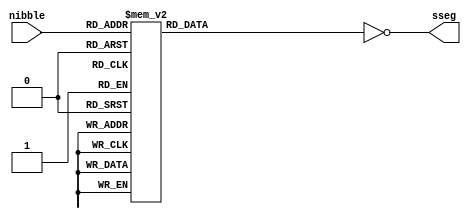
module hexdigit7seg(nibble, sseg);
   input [3:0] nibble;
   output [6:0] sseg;
   reg [6:0] 	segment;
   assign sseg = ~segment;
   always @(*)
     case(nibble)
       4'b0000: segment <= 7'b1111110;
       4'b0001: segment <= 7'b0110000;
       4'b0010: segment <= 7'b1101101;
       4'b0011: segment <= 7'b1111001;
       4'b0100: segment <= 7'b0110011;
       4'b0101: segment <= 7'b1011011;
       4'b0110: segment <= 7'b1011111;
       4'b0111: segment <= 7'b1110000;
       4'b1000: segment <= 7'b1111111;
       4'b1001: segment <= 7'b1111011;
       4'b1010: segment <= 7'b1110111;
       4'b1011: segment <= 7'b0011111;
       4'b1100: segment <= 7'b1001110;
       4'b1101: segment <= 7'b0111101;
       4'b1110: segment <= 7'b1001111;
       4'b1111: segment <= 7'b1000111;
     endcase
endmodule